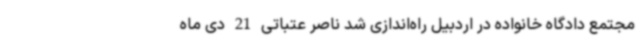
مجتمع دادگاه خانواده در اردبیل راه‌اندازی شد ناصر عتباتی 21 دی ماه